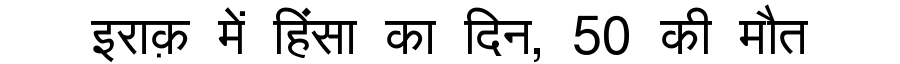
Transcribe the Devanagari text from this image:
इराक़ में हिंसा का दिन, 50 की मौत